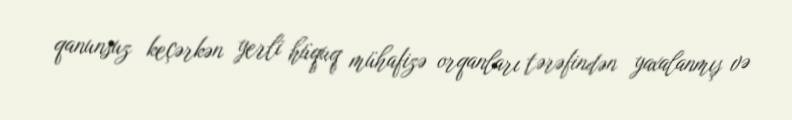
qanunsuz keçərkən yerli hüquq mühafizə orqanları tərəfindən yaxalanmış və